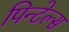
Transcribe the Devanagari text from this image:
पिन्टेल्स